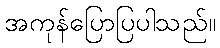
အကုန်ပြောပြပါသည်။